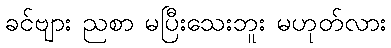
ခင်ဗျား ညစာ မပြီးသေးဘူး မဟုတ်လား